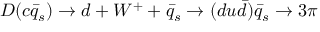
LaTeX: D ( c \bar { q } _ { s } ) \rightarrow d + W ^ { + } + \bar { q } _ { s } \rightarrow ( d u \bar { d } ) \bar { q } _ { s } \rightarrow 3 \pi